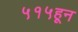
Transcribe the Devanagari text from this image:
५१५हून